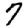
Digit: 7